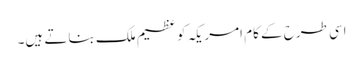
اسی طرح کے کام امریکہ کو عظیم ملک بناتے ہیں۔